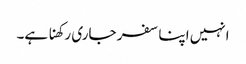
انہیں اپنا سفر جاری رکھنا ہے۔